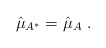
\begin{align*}\hat{\mu}_{A^*} = \hat{\mu}_A \ .\end{align*}